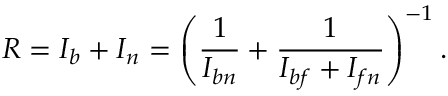
R = I _ { b } + I _ { n } = \left( \frac { 1 } { I _ { b n } } + \frac { 1 } { I _ { b f } + I _ { f n } } \right) ^ { - 1 } .